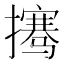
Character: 𰔲